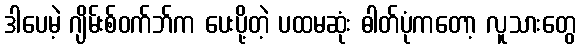
ဒါပေမဲ့ ဂျိမ်းစ်ဝက်ဘ်က ပေးပို့တဲ့ ပထမဆုံး ဓါတ်ပုံကတော့ လူသားတွေ